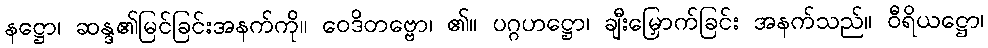
နဋ္ဌော၊ ဆန္ဒ၏မြင်ခြင်းအနက်ကို။ ဝေဒိတဗ္ဗော၊ ၏။ ပဂ္ဂဟဋ္ဌော၊ ချီးမြှောက်ခြင်း အနက်သည်။ ဝီရိယဋ္ဌော၊